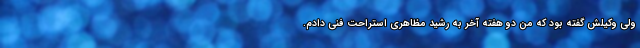
ولی وکیلش گفته بود که من دو هفته آخر به رشید مظاهری استراحت فنی دادم.